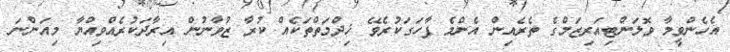
އެހެންވީމާ ވޮލަންޓިއަރިޒަމްގެ ތެރެއިން އެންމެ ފާހަގަކުރެވޭ ޚިދްމަތްތަކެއް ކުރާ ޒުވާނުން އިރާދަކުރެއްވިއްޔާ މިއަންނަ